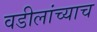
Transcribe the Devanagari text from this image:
वडीलांच्याच